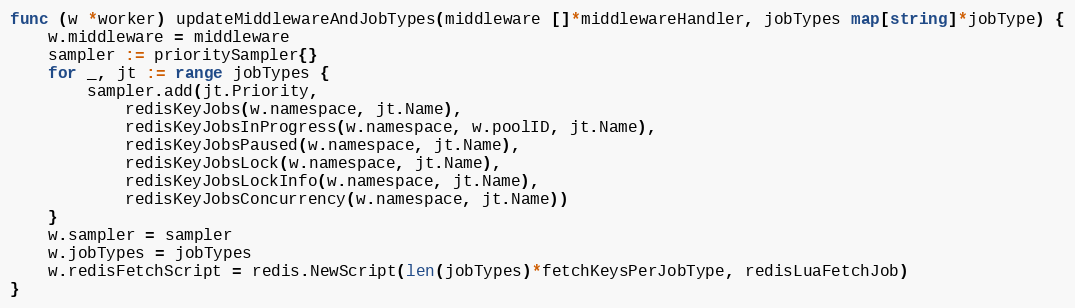
Language: Go
func (w *worker) updateMiddlewareAndJobTypes(middleware []*middlewareHandler, jobTypes map[string]*jobType) {
	w.middleware = middleware
	sampler := prioritySampler{}
	for _, jt := range jobTypes {
		sampler.add(jt.Priority,
			redisKeyJobs(w.namespace, jt.Name),
			redisKeyJobsInProgress(w.namespace, w.poolID, jt.Name),
			redisKeyJobsPaused(w.namespace, jt.Name),
			redisKeyJobsLock(w.namespace, jt.Name),
			redisKeyJobsLockInfo(w.namespace, jt.Name),
			redisKeyJobsConcurrency(w.namespace, jt.Name))
	}
	w.sampler = sampler
	w.jobTypes = jobTypes
	w.redisFetchScript = redis.NewScript(len(jobTypes)*fetchKeysPerJobType, redisLuaFetchJob)
}